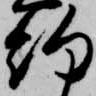
約